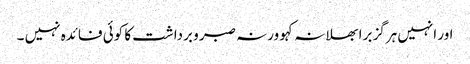
اور انہیں ہرگز برا بھلا نہ کہو ورنہ صبر و برداشت کا کوئی فائدہ نہیں ۔